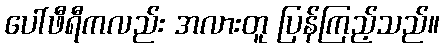
ပေါ်ဖီရီကလည်း အလားတူ ပြန်ကြည့်သည်။